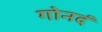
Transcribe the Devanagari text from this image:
गोनदं